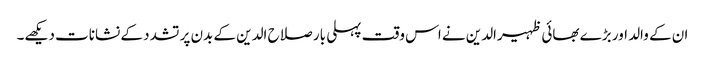
ان کے والد اور بڑے بھائی ظہیرالدین نے اس وقت پہلی بار صلاح الدین کے بدن پر تشدد کے نشانات دیکھے۔